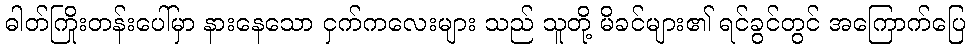
ဓါတ်ကြိုးတန်းပေါ်မှာ နားနေသော ငှက်ကလေးများ သည် သူတို့ မိခင်များ၏ ရင်ခွင်တွင် အကြောက်ပြေ